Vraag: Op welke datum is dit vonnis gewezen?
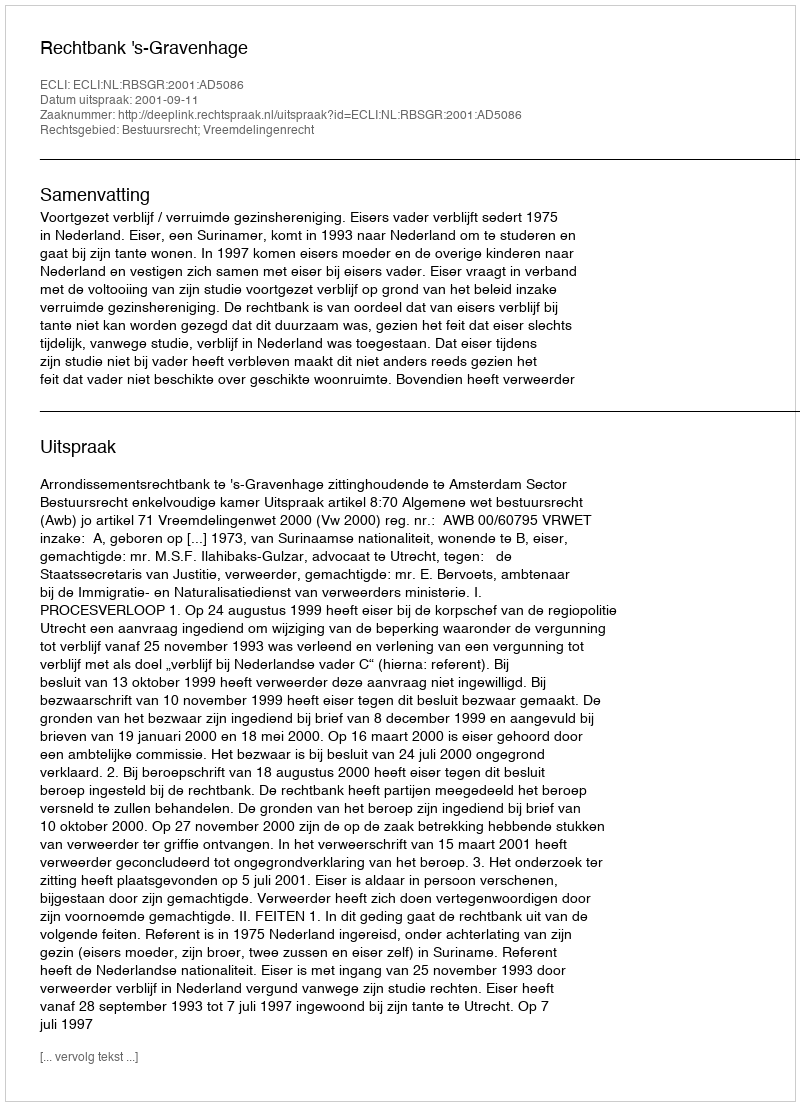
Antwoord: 2001-09-11